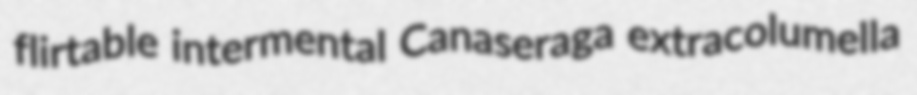
flirtable intermental Canaseraga extracolumella